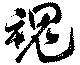
魂